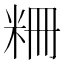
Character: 粣